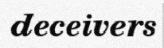
deceivers